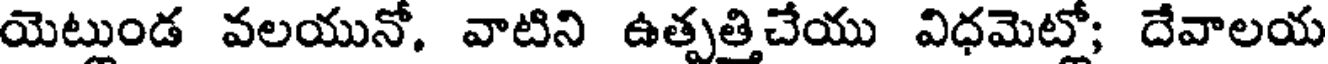
యెట్లుండ వలయునో. వాటిని ఉత్పత్తిచేయు విధమెట్లో; దేవాలయ